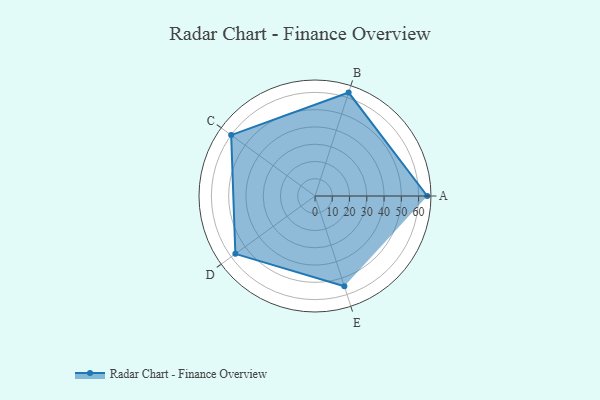
{"axis": {"x": "Skill", "y": "Score"}, "legend": ["Profile"], "data": [{"x": "A", "y": 65.0, "type": "Profile"}, {"x": "B", "y": 63.0, "type": "Profile"}, {"x": "C", "y": 60.0, "type": "Profile"}, {"x": "D", "y": 57.0, "type": "Profile"}, {"x": "E", "y": 55.0, "type": "Profile"}]}